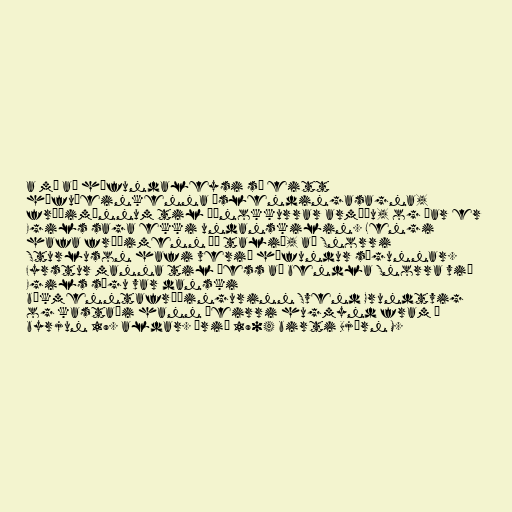
a má að höfundaleysi sé eitt
höfuðeinkenna Íslendingasagna,
fræðimönnum til þónokkurrar armæðu, og þar er
Egils saga ekki undanskilin. Lengi
hafa fræðimenn þó talið, að Snorri
Sturluson hafi verið höfundur sögunnar.
Fyrstur manna til þess að bendla Snorra við
Egils sögu var danski
bókmenntafræðingurinn Svend Grundtvig
og kastaði hann þeirri hugmynd fram í
byrjun 19. aldar. Árið 1904 birti Björn M.